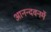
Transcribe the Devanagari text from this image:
आनन्दवनमें